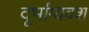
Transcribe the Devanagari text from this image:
दूर्भाग्यवश